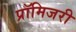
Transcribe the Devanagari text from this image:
प्रॉमिजरी